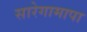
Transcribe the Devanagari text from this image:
सारेगामापा